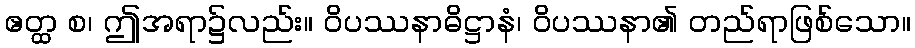
ဧတ္ထ စ၊ ဤအရာ၌လည်း။ ဝိပဿနာဓိဋ္ဌာနံ၊ ဝိပဿနာ၏ တည်ရာဖြစ်သော။